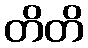
တိတိ